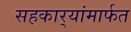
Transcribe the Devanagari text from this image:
सहकार्‍यांमार्फत